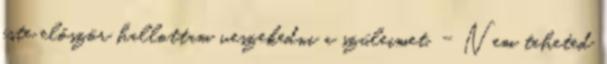
este először hallottam veszekedni a szüleimet. - Nem teheted